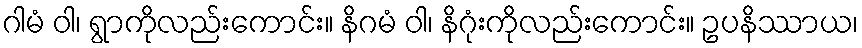
ဂါမံ ဝါ၊ ရွာကိုလည်းကောင်း။ နိဂမံ ဝါ၊ နိဂုံးကိုလည်းကောင်း။ ဥပနိဿာယ၊